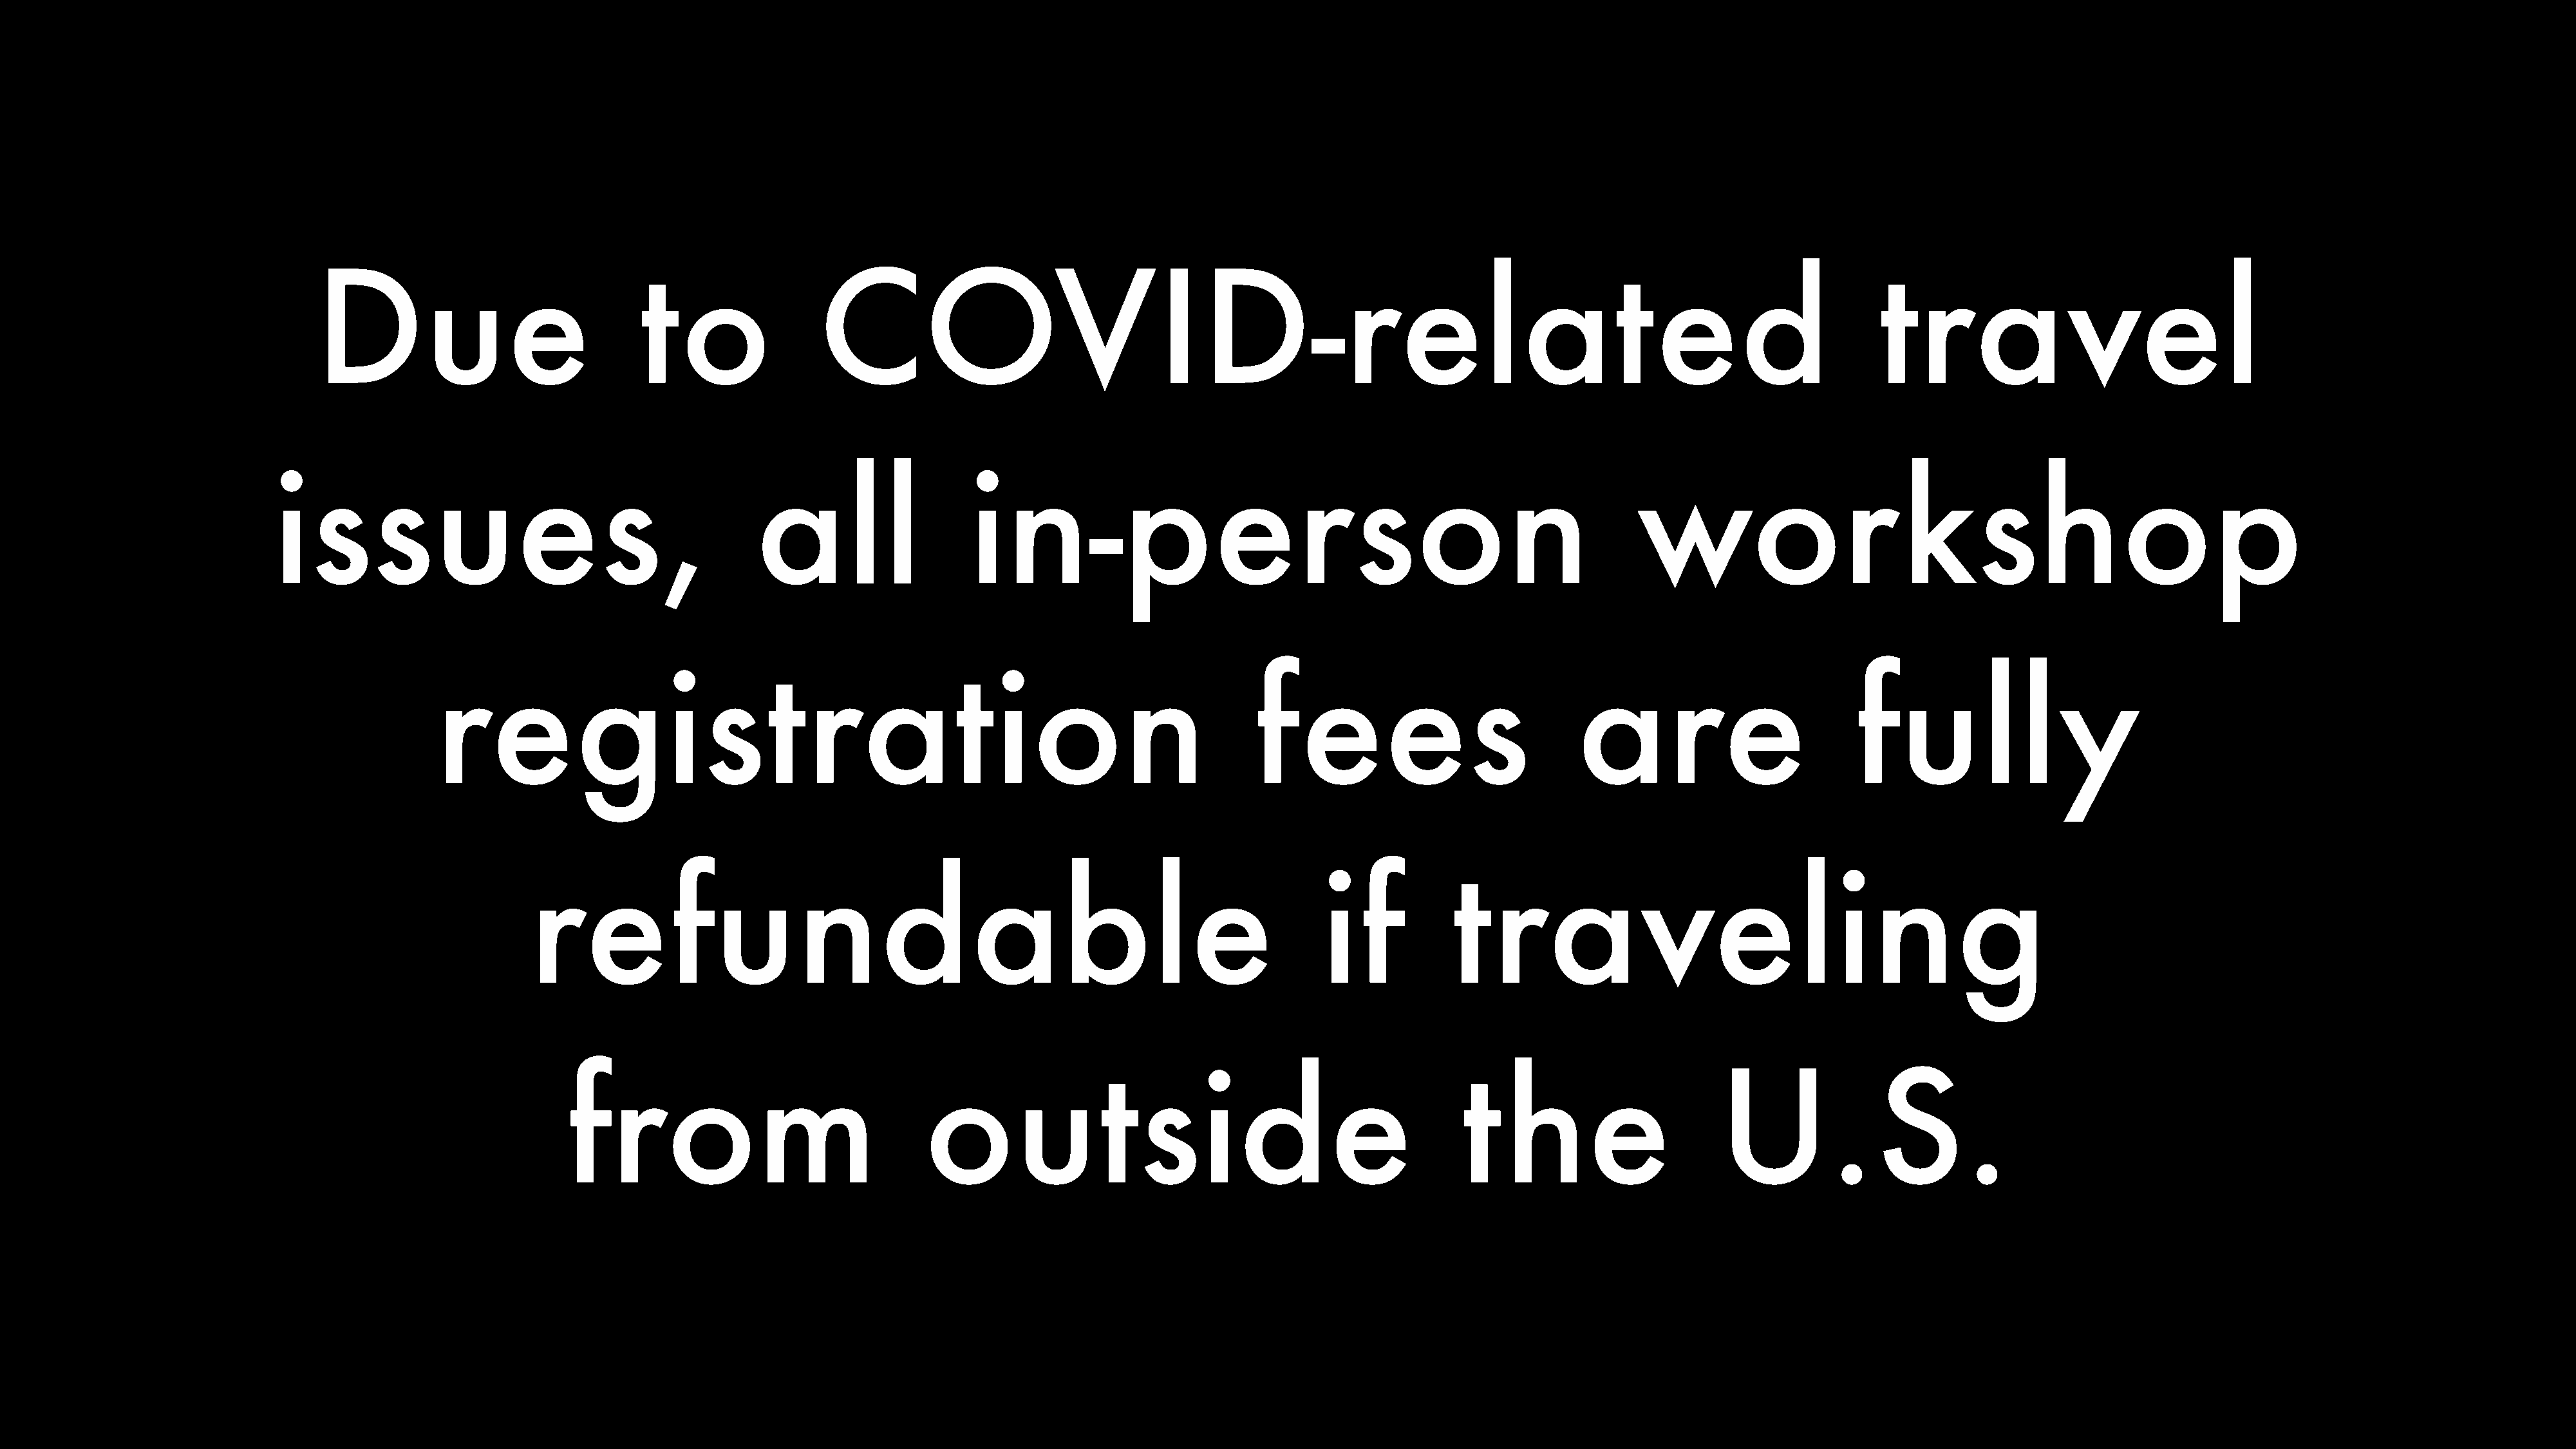
Due                               to                COVID-related                                                                                                travel
 issues,                                           all                   in-person                                                           workshop
 registration                                                                        fees                             are                          fully
 refundable                                                                        if           traveling
 from                                 outside                                                the                        U.S.